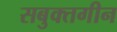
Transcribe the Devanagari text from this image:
सबुक्तगीन